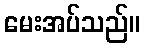
မေးအပ်သည်။